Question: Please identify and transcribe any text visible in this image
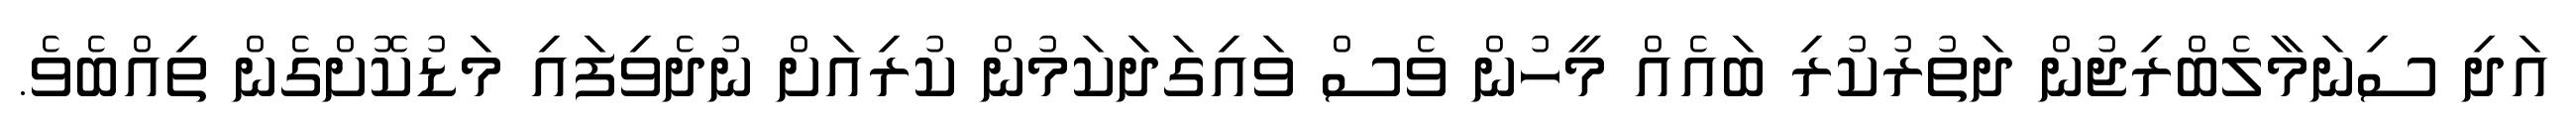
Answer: އަދި ސިނަމާލެބްރިޖުން ދަތުރުކުރި ބައެއް މީހުން ވެސް ވައިގަދަކަމުން ކުރިއަށް ނުދެވިފައި މަޑުކޮށްގެން ތިއްބެވެ.